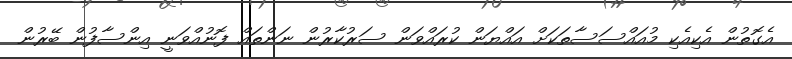
އެގޮތުން އެކިއެކި މުއައްސަސާތަކަށް އައްޔަން ކުރައްވަން ސަރުކާރުން ނަންތައް ފޮނުއްވަނީ އިންސާފުން ބޭރުން